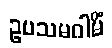
ဥပသမဂါမိံ